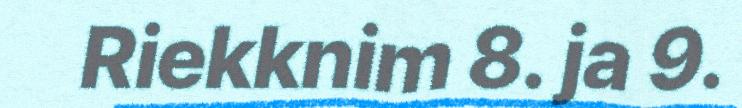
Riekknim 8. ja 9.